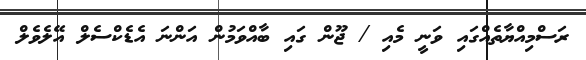
ރަސްމިއްޔާތެއްގައި ވަނީ މެއި / ޖޫން ގައި ބާއްވަމުން އަންނަ އެޑެކްސެލް އޭލެވެލް